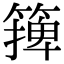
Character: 篺